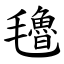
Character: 氌